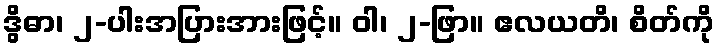
ဒွိဓာ၊ ၂-ပါးအပြားအားဖြင့်။ ဝါ၊ ၂-ဖြာ။ ဧလယတိ၊ စိတ်ကို